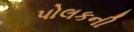
પોલકની